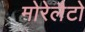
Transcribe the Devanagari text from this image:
मोरेलैटो